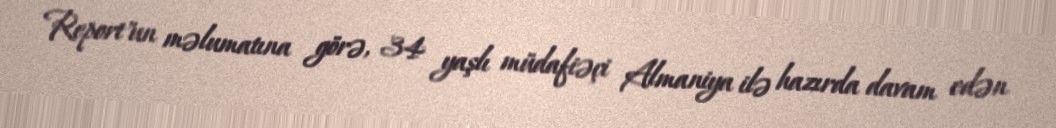
Report"un məlumatına görə, 34 yaşlı müdafiəçi Almaniya ilə hazırda davam edən